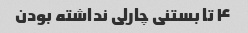
۴ تا بستنی چارلی نداشته بودن